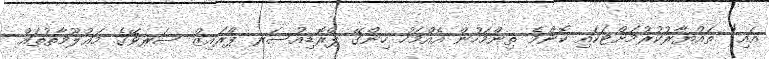
އައި) ތައްޔާރުކުރުމަށްޓަކައި ކޮންމެ ތިންމަހުން އެއްމަހު ހިންގޭ ޕްރޮޑިއުސަރ ޕްރައިޒް ސަރވޭގެ މަޢުލޫމާތުތައް